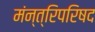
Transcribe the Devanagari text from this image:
मंन्त्रिपरिषद